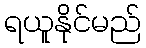
ရယူနိုင်မည်